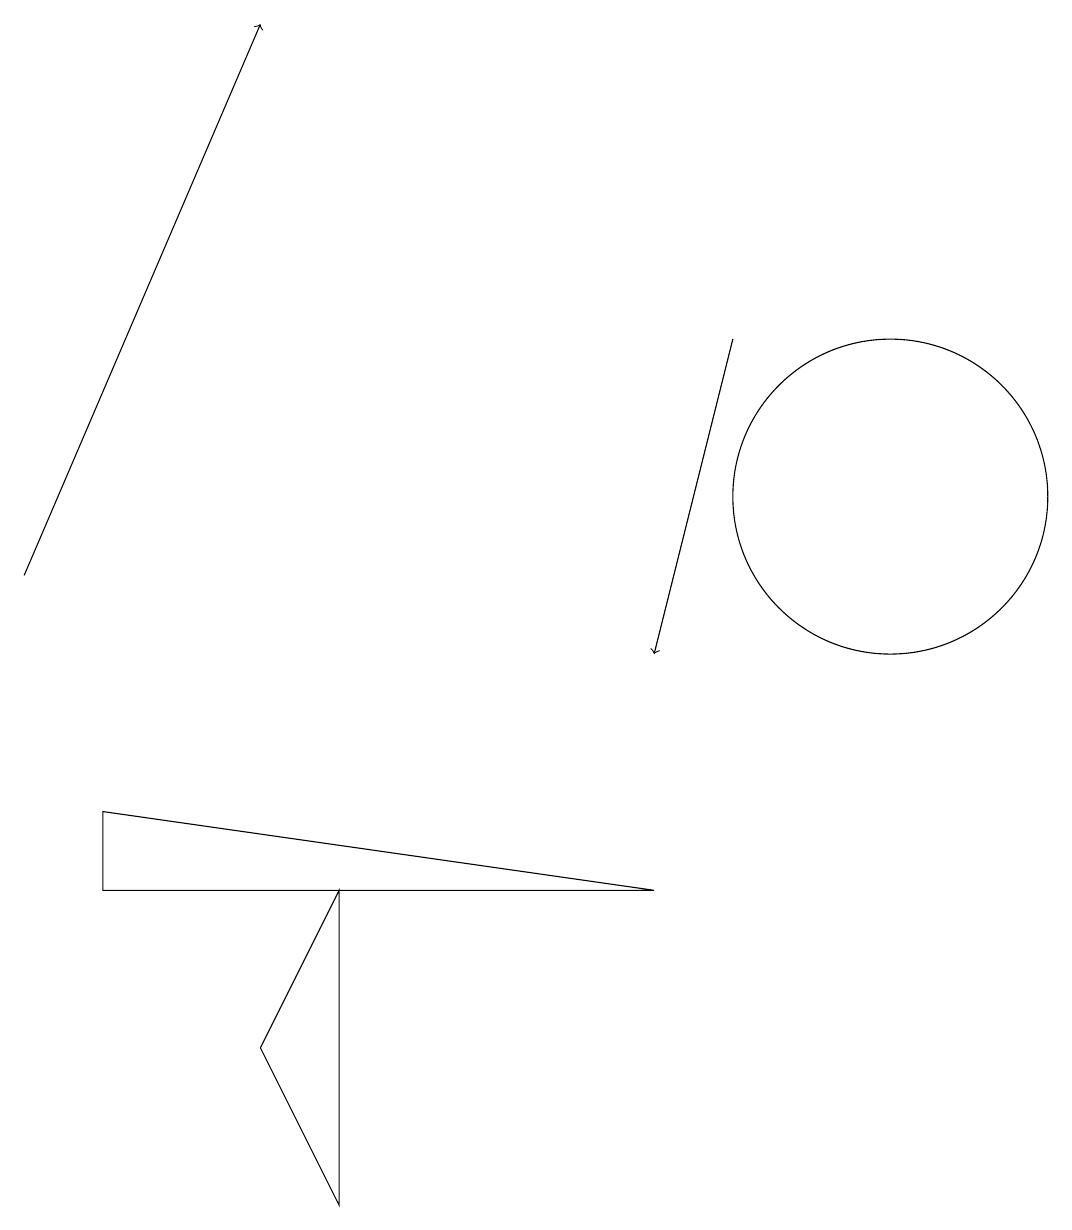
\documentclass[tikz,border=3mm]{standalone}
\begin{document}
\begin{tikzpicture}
\draw[->] (0,11) -- (3,18);
\draw[->] (9,14) -- (8,10);
\draw (3,5) -- (4,7) -- (4,3) -- cycle;
\draw (1,7) -- (8,7) -- (1,8) -- cycle;
\draw (11,12) circle (2);
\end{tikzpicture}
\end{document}